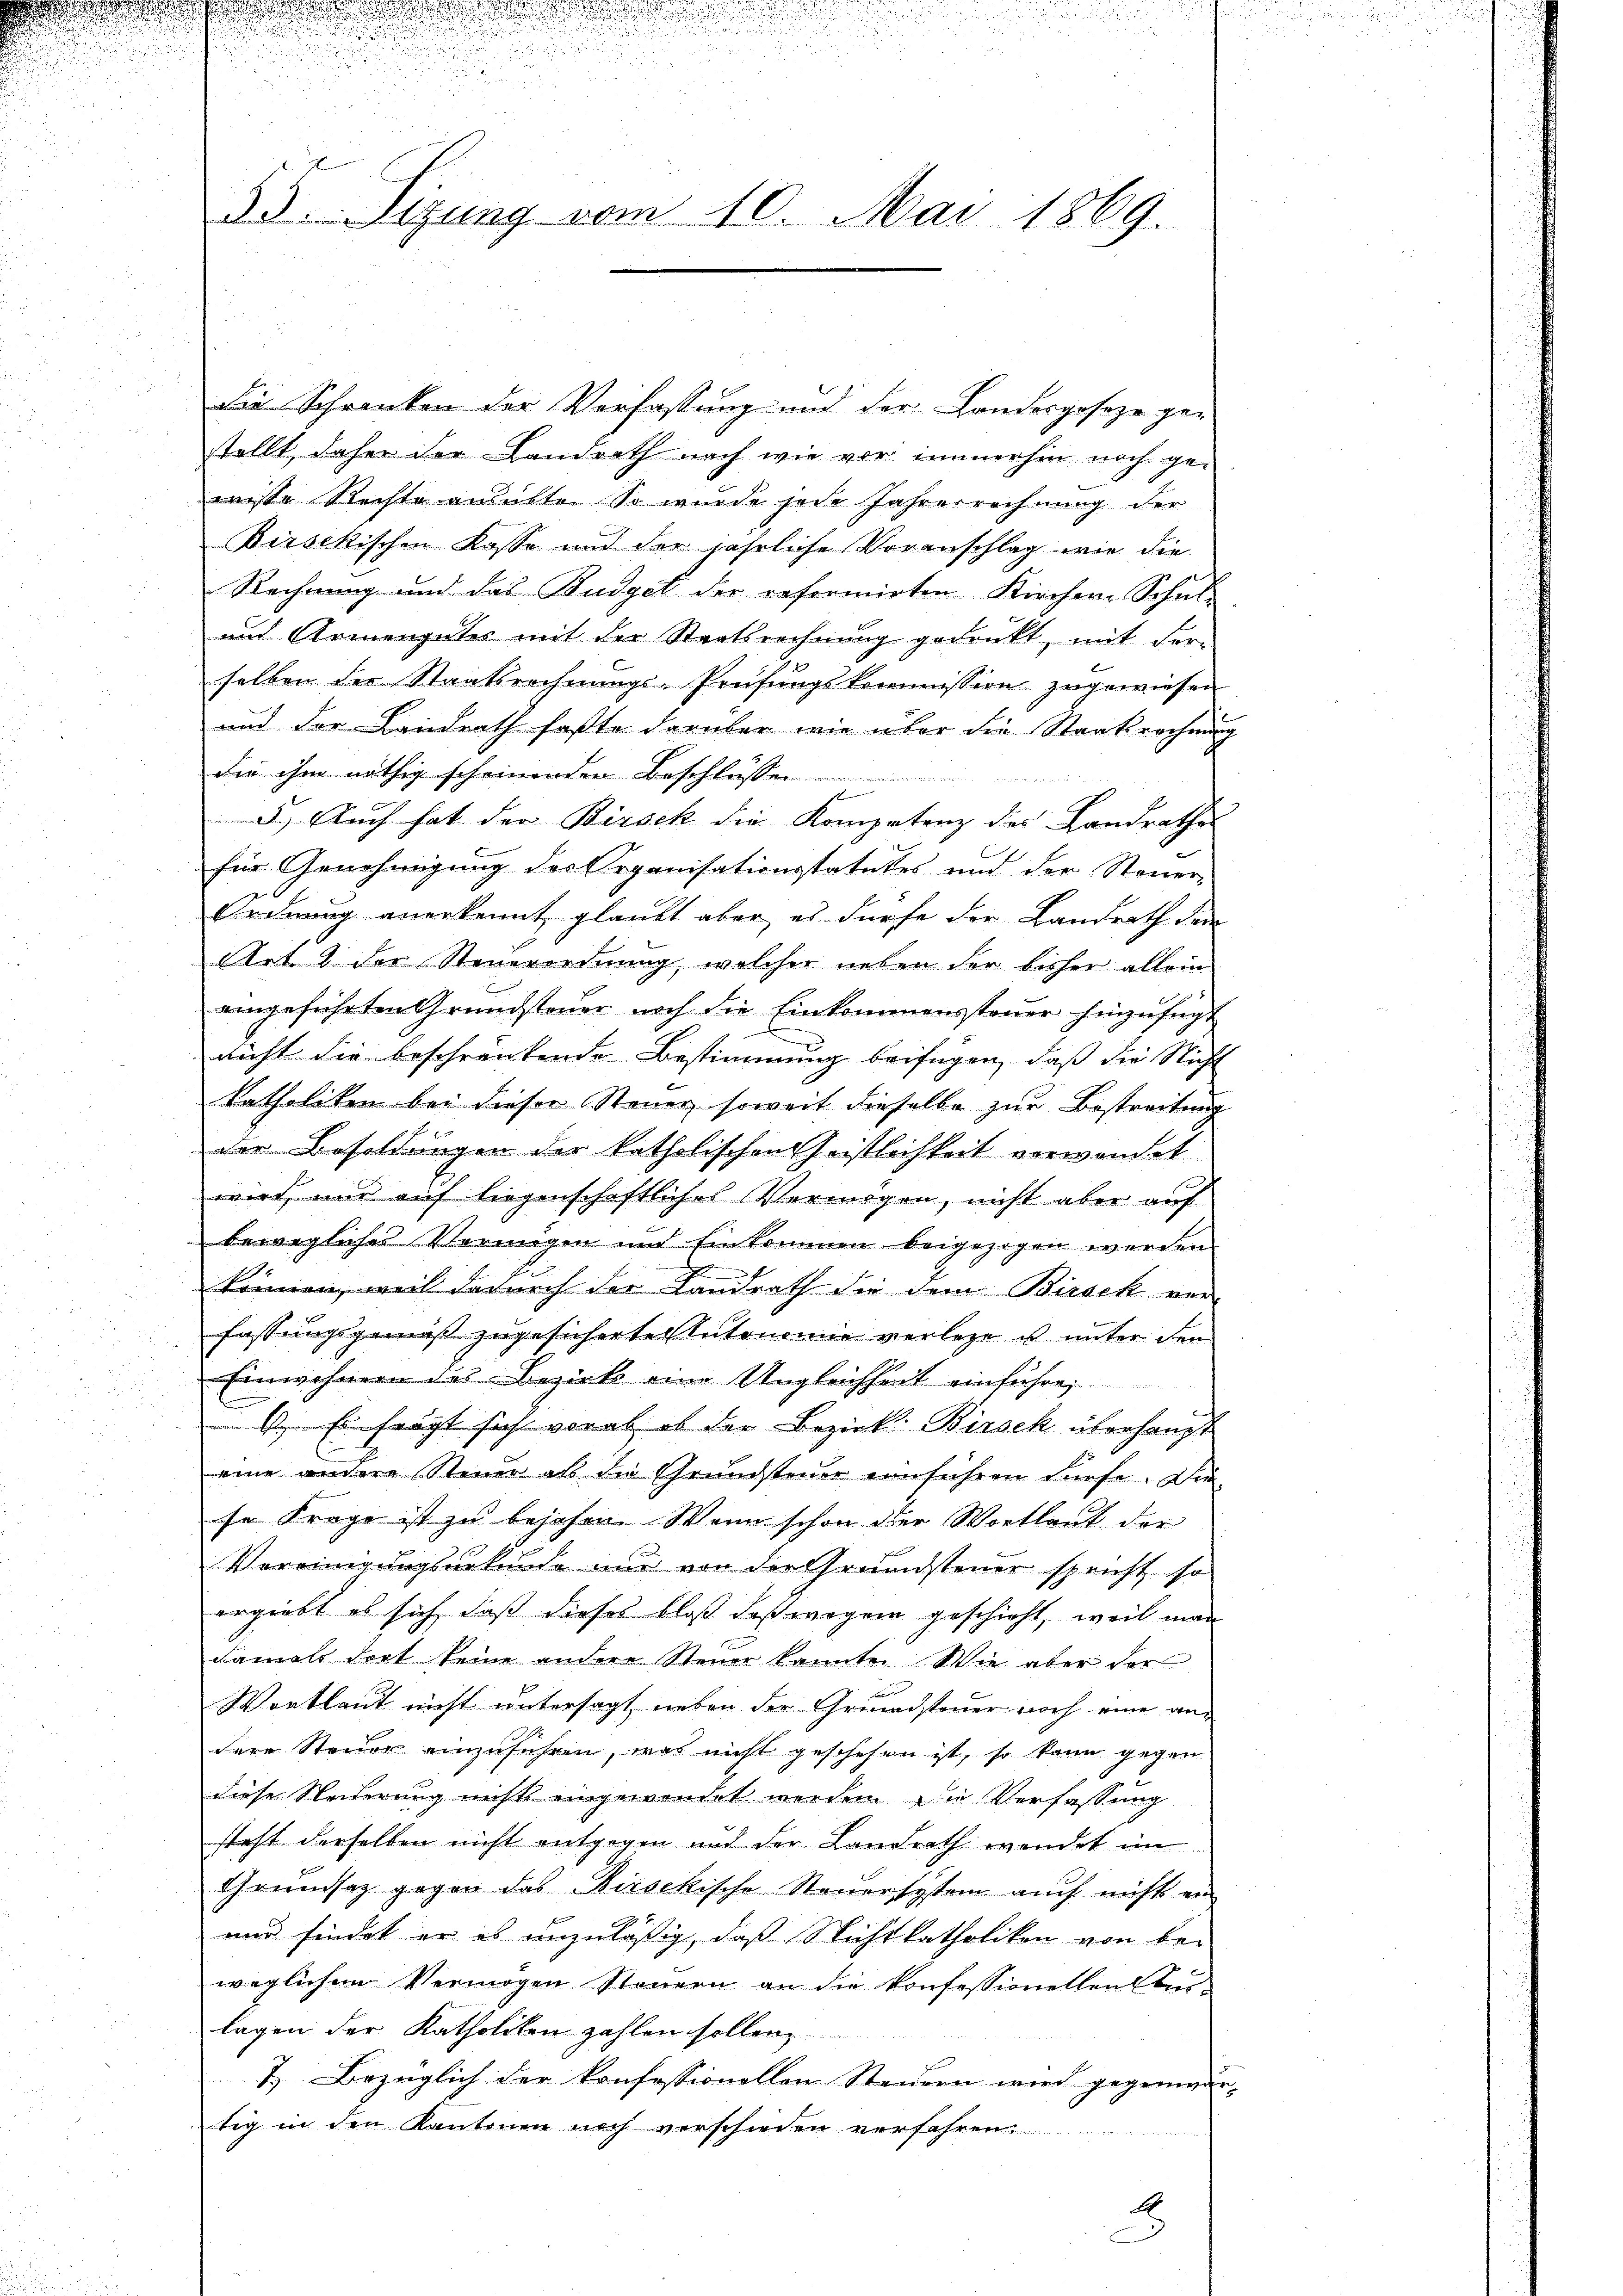
35. Sizung vom 10. Mai 1869.

Die Schranken der Verfassung und der Landesgeseze gestellt, daher der Landrath nach wie vor immerhin noch gewisse Rechte ausübte. So wurde jede Jahresrechnung der
Birsekischen Kasse und der jährliche Voranschlag wie die
Rechnung und das Budget der reformirten Kirchen-Schul-
und Armenguter mit der Staatsrechnung gedrukt, mit der-
selben der Staatsrechnŭngs-Prüfungskommission zugewiesen
und der Landrath faßte darüber wie über die Staatsrechnung
die ihm nöthig scheinenden Beschlusse
f
.) Auch hat der Birsek die Kompetenz des Landrathes
für Genehmigung des Organisationsstatutes und der Steuer-
Ordnung anerkennt glaubt aber, es dürfe der Landrath dem
Art 4 der Steuerordnung, welcher neben der bisher allein
eingeführten Grundsteuer noch die Einkommenssteuer hinzufügt
nicht die beschränkende Bestimmung beifügen, daß die Nicht
katholiken bei dieser Steuer, soweit dieselbe zur Bestreitung
der Besoldungen der katholischen Geistlichkeit verwandet
wird, nur auf liegenschaftliches Vermögen, nicht aber auf
bewegliches Vormigen und Einkommen beigezogen werden
können, weil dadurch der Landrath die dem Birsek ver-
fassungsgemäß zugesicherte Autonomie verlege u unter den
s
Einwohnern des Bezirks eine Ungleichheit einführen
4. Einfragt sich vorab, ob der Bezirk Birsek überhaupt
eine andere Steuer als die Grundsteuer einführen dürfe. Die
se Frage ist zu bejahen. Wenn schon der Wortlaut der
Vereinigungsurkunde nur von der Grundsteuer spricht, so
ergiebt es sich daß dieses bloß daß wegen geschieht, weil man
damals dort keine andere Steuer konnte. Wie aber der
Wortlaut nicht untersagt neben der Grundsteuer noch eine andere Steuer einzuführen, was nicht geschehen ist, so kann gegen
diese Seiderung nichts eingewendet werden. Die Verfassung
steht derselben nicht entgegen und der Landrath wendet im
Grundsatz gegen das Kirsckische Steuersystem auch nicht en
und findet er es unzuläßig, daß Nichtkatholikon von be-
weglichen Vermögen Steuern an die Konfessionellen bur-
lagen der Katholiken zahlen sollen,
7. Bezüglich der konfessionellen Steuern wird gegende |
tig in den Kantonen noch verschieden verfahren